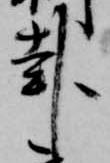
卦